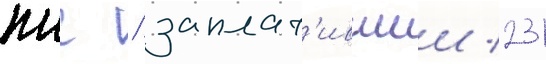
плс / заплат'ившии 231